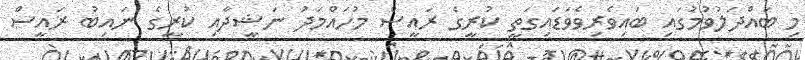
މި ބައްދަލުވުމުގައި ބައިވެރިވެވަޑައިގަތީ ކުރީގެ ރައީސް މުހައްމަދު ނަޝީދާއި ކުރީގެ ނައިބު ރައީސް